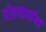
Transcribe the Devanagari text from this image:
पोहणार्यांना